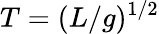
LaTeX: T=(L/g)^{1/2}